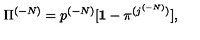
{ \Pi } ^ { ( - N ) } = p ^ { ( - N ) } [ { \bf 1 } - { \pi } ^ { ( j ^ { ( - N ) } ) } ] ,